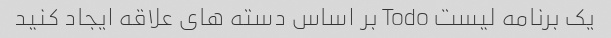
یک برنامه لیست Todo بر اساس دسته های علاقه ایجاد کنید